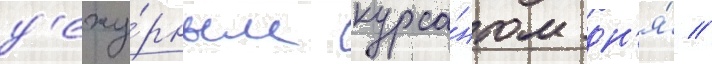
д'ежу́рным курса́нтом дн'я́ //